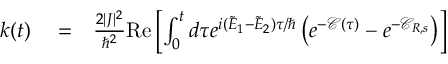
\begin{array} { r l r } { k ( t ) } & { { } = } & { \frac { 2 | J | ^ { 2 } } { \hbar ^ { 2 } } \mathrm { R e } \left[ \int _ { 0 } ^ { t } d \tau e ^ { i ( \tilde { E } _ { 1 } - \tilde { E } _ { 2 } ) \tau / \hbar } \left( e ^ { - { \mathcal C } ( \tau ) } - e ^ { - { \mathcal C } _ { R , s } } \right) \right] } \end{array}